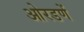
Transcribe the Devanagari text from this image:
ओरडणें